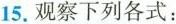
15.观察下列各式：